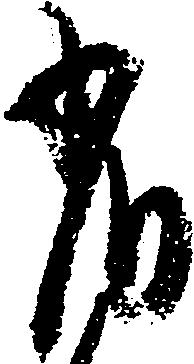
省